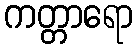
ကတ္တာရော